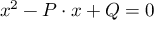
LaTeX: x ^ { 2 } - P \cdot x + Q = 0